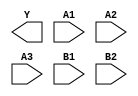
module sky130_fd_sc_hd__o32ai (
    Y ,
    A1,
    A2,
    A3,
    B1,
    B2
);

    output Y ;
    input  A1;
    input  A2;
    input  A3;
    input  B1;
    input  B2;

    // Voltage supply signals
    supply1 VPWR;
    supply0 VGND;
    supply1 VPB ;
    supply0 VNB ;

endmodule